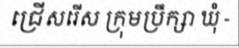
ជ្រើសរើស ក្រុមប្រឹក្សា ឃុំ -